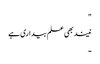
"
نیند بھی علم بیداری ہے
۔